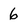
Character: 6